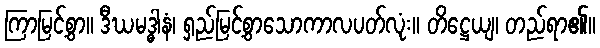
ကြာမြင့်စွာ။ ဒီဃမဒ္ဓါနံ၊ ရှည်မြင့်စွာသောကာလပတ်လုံး။ တိဋ္ဌေယျ၊ တည်ရာ၏။